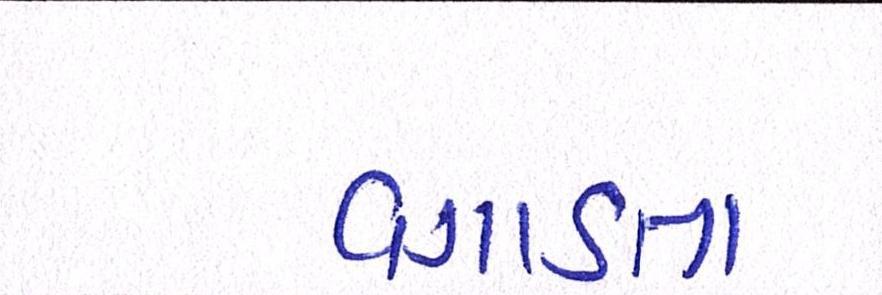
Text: વગાડતા